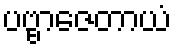
ပဗ္ဗာဇေတာယံ